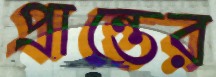
প্রান্তের